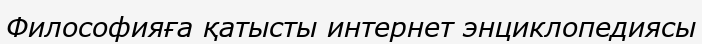
Философияға қатысты интернет энциклопедиясы